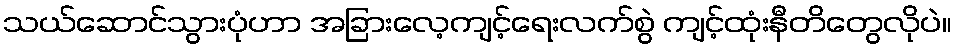
သယ်ဆောင်သွားပုံဟာ အခြားလေ့ကျင့်ရေးလက်စွဲ ကျင့်ထုံးနီတိတွေလိုပဲ။